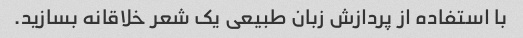
با استفاده از پردازش زبان طبیعی یک شعر خلاقانه بسازید.